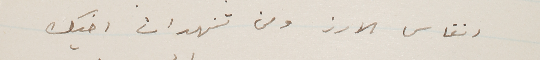
انفاس الارز ومن تنهدات اخيك